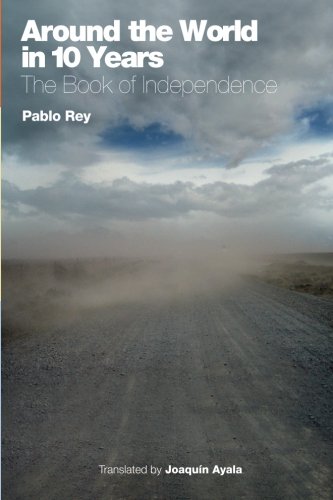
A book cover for Around the World in 10 Years: The Book of Independence: Turkey, Syria, Jordan, Egypt; Pablo Rey; Travel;